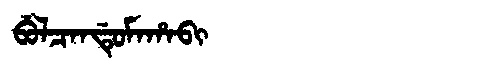
Manchu: ᠪᡠᠯᠴᠠᠨᡩᡠᠮᠠᡥᠠᠪᡳ
Romanization: BULCANDUMAHABI